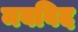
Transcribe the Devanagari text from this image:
मवविद